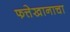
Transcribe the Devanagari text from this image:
फत्तेखानाचा